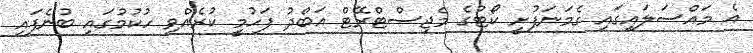
އެ މައްސަލައިގައި ގެމަނަފުށީ ކޯޓުގެ މެޖިސްޓްރޭޓް އަބްދު ފަހުމީ ކުރެއްވި ހުކުމުގައި ބުނެފައި